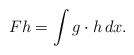
LaTeX: \begin{align*}Fh=\int g\cdot h\,dx.\end{align*}